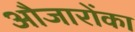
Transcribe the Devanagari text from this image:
औजारोंका